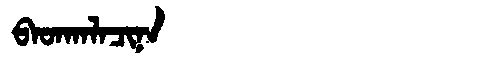
Manchu: ᠪᠠᡨᡴᠠᠯᠠᠴᡳᠨᠠ
Romanization: BATKALACINA